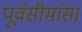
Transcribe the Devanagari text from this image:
पूर्वसीमांसा